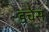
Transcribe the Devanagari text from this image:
डचेंस